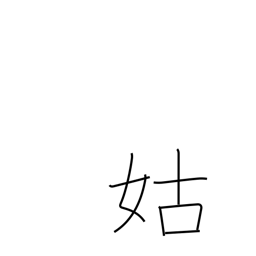
Meaning: mother-in-law